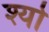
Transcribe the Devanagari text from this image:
श्यो